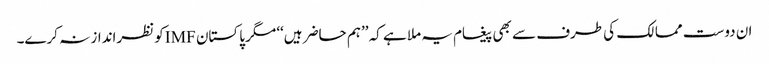
ان دوست ممالک کی طرف سے بھی پیغام یہ ملا ہے کہ ’’ہم حاضر ہیں‘‘ مگر پاکستان IMFکو نظرانداز نہ کرے۔